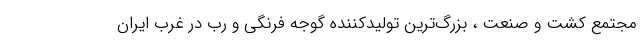
مجتمع کشت و صنعت ، بزرگ‌ترین تولیدکننده گوجه فرنگی و رب در غرب ایران